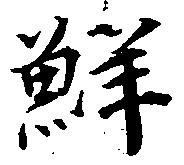
鮮